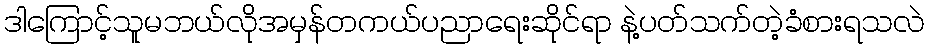
ဒါကြောင့်သူမဘယ်လိုအမှန်တကယ်ပညာရေးဆိုင်ရာ နဲ့ပတ်သက်တဲ့ခံစားရသလဲ